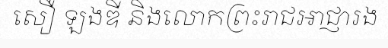
សឿ ឡងឌី និងលោកព្រះរាជអាជ្ញារង